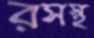
রসস্থ